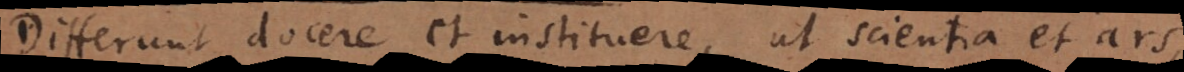
Differunt docere et instituere, ut scientia et ars,